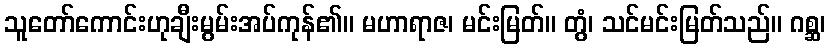
သူတော်ကောင်းဟုချီးမွမ်းအပ်ကုန်၏။ မဟာရာဇ၊ မင်းမြတ်။ တွံ၊ သင်မင်းမြတ်သည်။ ဂစ္ဆ၊